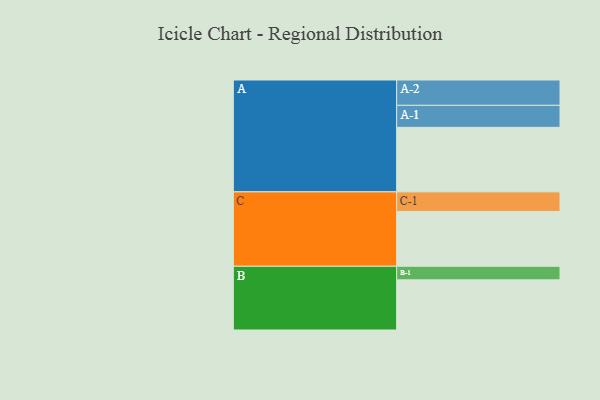
{"axis": {"x": "Segment", "y": "Value"}, "legend": ["", "A", "B", "C"], "data": [{"x": "A", "y": 484, "type": ""}, {"x": "B", "y": 376, "type": ""}, {"x": "C", "y": 411, "type": ""}, {"x": "A-1", "y": 165, "type": "A"}, {"x": "A-2", "y": 190, "type": "A"}, {"x": "B-1", "y": 102, "type": "B"}, {"x": "C-1", "y": 147, "type": "C"}]}